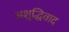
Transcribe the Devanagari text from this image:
अशुद्धिवाद